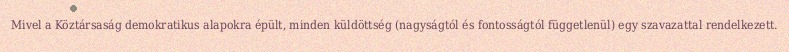
Mivel a Köztársaság demokratikus alapokra épült, minden küldöttség (nagyságtól és fontosságtól függetlenül) egy szavazattal rendelkezett.